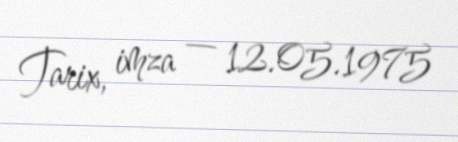
Tarix, imza — 12.05.1975